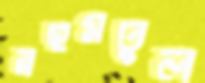
রহমতুল